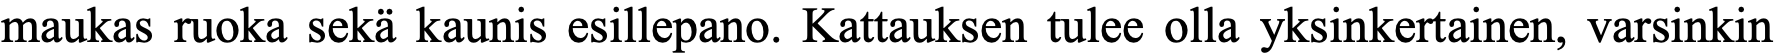
maukas ruoka sekä kaunis esillepano. Kattauksen tulee olla yksinkertainen, varsinkin